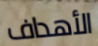
الأهداف